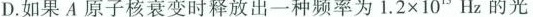
D.如果A原子核衰变时释放出一种频率为$$1 . 2 \times 1 0 ^ { 1 5 } H z$$的光